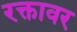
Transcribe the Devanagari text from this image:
रक्तावर